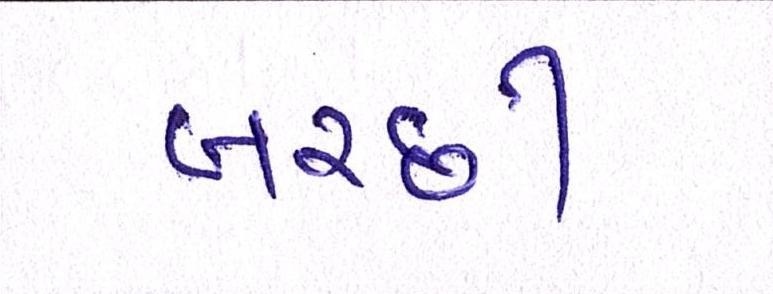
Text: બરછી